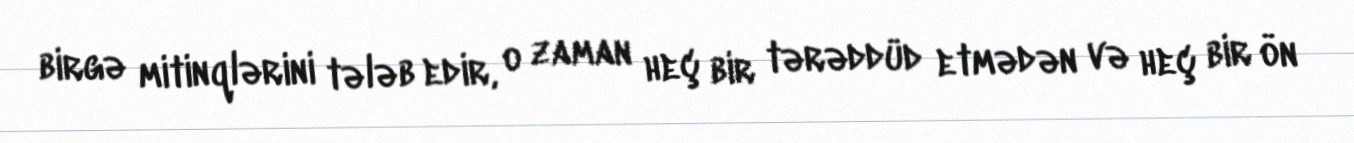
birgə mitinqlərini tələb edir, o zaman heç bir tərəddüd etmədən və heç bir ön